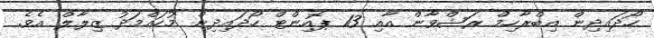
ހޯދައިދިން އިބްރާހިމް ރަޝްވާން އާއި 13 ޕޮއިންޓް ހޯދައިދިން މުހައްމަދު ޒިލާލް އެވެ.